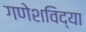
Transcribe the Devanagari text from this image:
गणेशविद्या